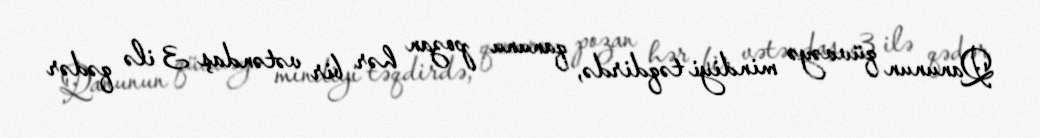
Qanunun qüvvəyə mindiyi təqdirdə, qanunu pozan hər bir vətəndaş 3 ilə qədər